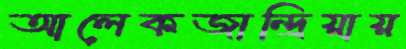
আলেকজান্দ্রিয়ায়